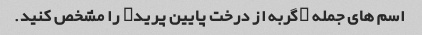
اسم های جمله "گربه از درخت پایین پرید" را مشخص کنید.